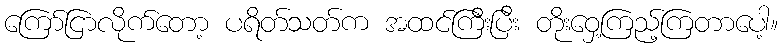
ကြော်ငြာလိုက်တော့ ပရိတ်သတ်က အထင်ကြီးပြီး တိုးဝှေ့ကြည့်ကြတာပေါ့။